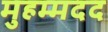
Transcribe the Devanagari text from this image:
मुहम्मदद